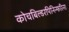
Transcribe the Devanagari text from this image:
कोचबिल्डरपिनिन्फरिना